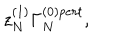
z _ { N } ^ { ( 1 ) } \Gamma _ { N } ^ { ( 0 ) p e r t } ,